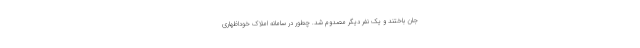
جان باختند و یک نفر دیگر مصدوم شد. چطور در سامانه املاک خوداظهاری